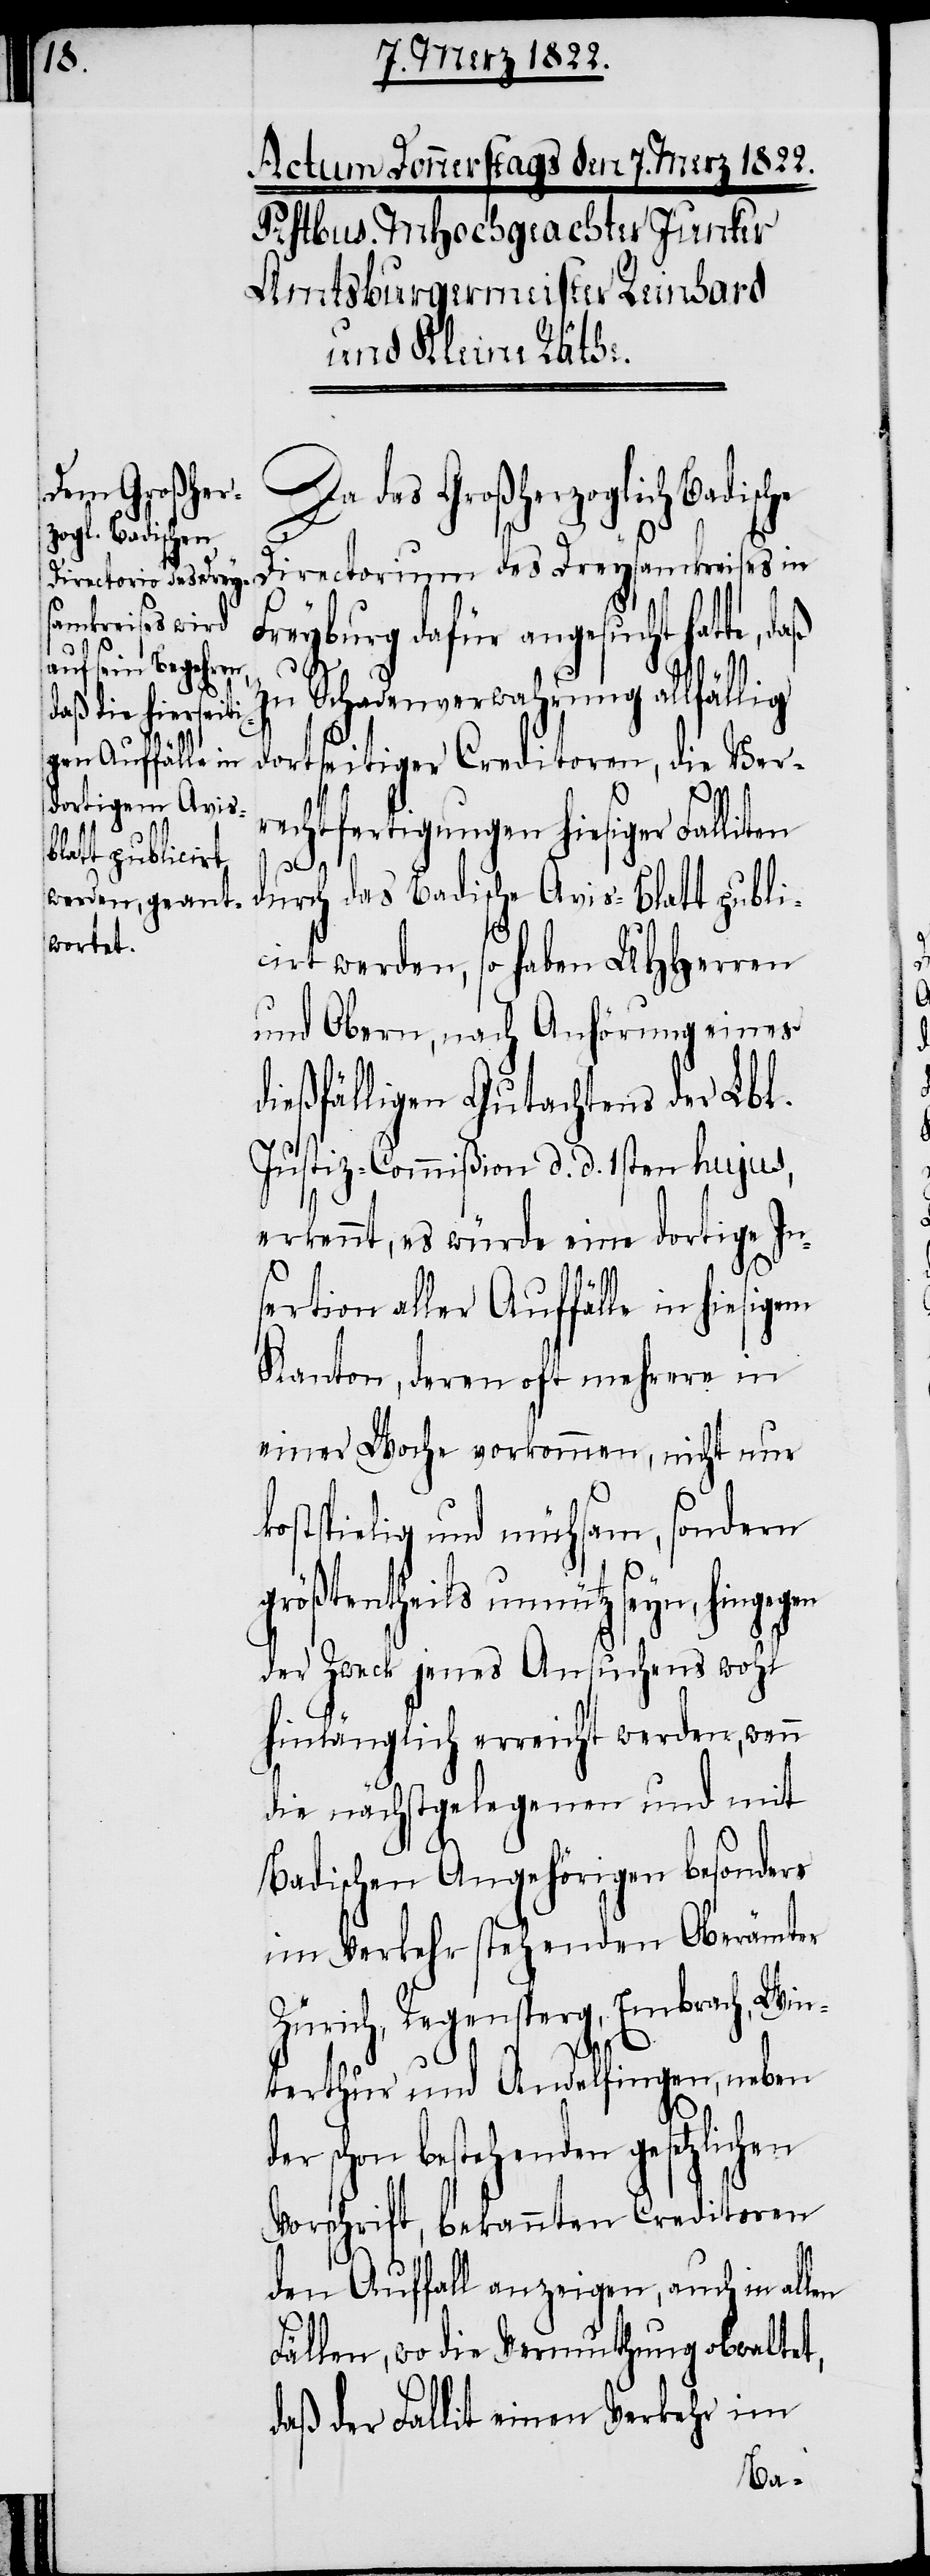
en

Da das Großherzoglich
Directorium des Dreysamkreises in
Freyburg dafür angesucht hatte,
zu Schadenverwahrung allfällig
dortseitiger Creditoren, die Ver¬
rechtfertigungen hiesiger Falliten
durch das Badische Avis-Blatt publi¬
cirt werden, so haben UHHerren
und Obern, nach Anhörung eines
dießfälligen Gutachtens der Lbl.
Justiz-Commißion d. d. 1sten hujus,
erkennt, es würde eine dortige In¬
d¬
sertion aller Auffälle in hiesigem
Kanton, deren oft mehrere in
einer Woche vorkommen, nicht nur
kostspielig und mühsam, sondern
größtentheils unnütz seyn,
der Zweck jenes Ansuchens wohl
hinlänglich erreicht werden, wenn
die nächstgelegenen und mit
Badischen Angehörigen besonders
im Vorfelde stehenden Oberämter
Zürich, Regensperg, Embrach, Win¬
terthur und Andelfingen, neben
er schon bestehenden gesetzlichen
Vorschrift, bekannten Creditoren
den Auffall anzeigen, auch in all¬
Fällen, wo die Vermuthung obwaltet,
daß der Fallit einen Verkehr im